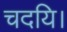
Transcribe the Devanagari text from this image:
चदयि।